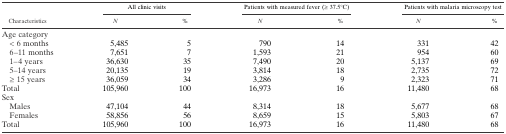
| <ROWSPAN=2> Characteristics | <COLSPAN=2> All clinic visits | <COLSPAN=2> Patients with measured fever (≥ 37.5°C) | <COLSPAN=2> Patients with malaria microscopy test |
 | N | % | N | % | N | % |
 | --- | --- | --- | --- | --- | --- | --- |
 | <COLSPAN=7> Age category |
 | < 6 months | 5,485 | 5 | 790 | 14 | 331 | 42 |
 | 6–11 months | 7,651 | 7 | 1,593 | 21 | 954 | 60 |
 | 1–4 years | 36,630 | 35 | 7,490 | 20 | 5,137 | 69 |
 | 5–14 years | 20,135 | 19 | 3,814 | 18 | 2,735 | 72 |
 | ≥ 15 years | 36,059 | 34 | 3,286 | 9 | 2,323 | 71 |
 | Total | 105,960 | 100 | 16,973 | 16 | 11,480 | 68 |
 | <COLSPAN=7> Sex |
 | Males | 47,104 | 44 | 8,314 | 18 | 5,677 | 68 |
 | Females | 58,856 | 56 | 8,659 | 15 | 5,803 | 67 |
 | Total | 105,960 | 100 | 16,973 | 16 | 11,480 | 68 |